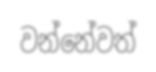
වන්නේවත්